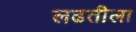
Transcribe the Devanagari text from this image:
लढतीला